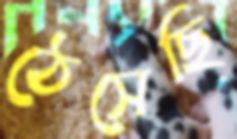
ঠেসেছি